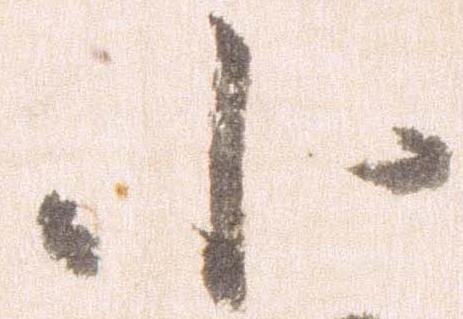
小